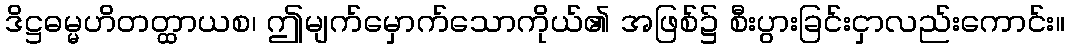
ဒိဋ္ဌဓမ္မဟိတတ္ထာယစ၊ ဤမျက်မှောက်သောကိုယ်၏ အဖြစ်၌ စီးပွားခြင်းငှာလည်းကောင်း။